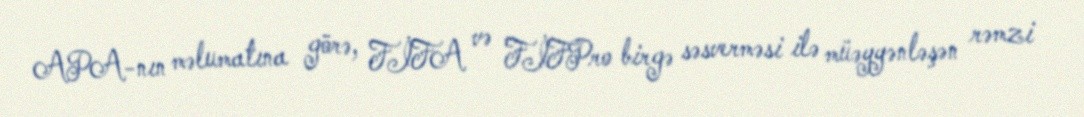
APA-nın məlumatına görə, FİFA və FİFPro birgə səsverməsi ilə müəyyənləşən rəmzi